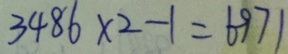
3 4 8 6 \times 2 - 1 = 6 9 7 1